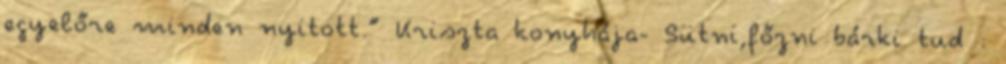
egyelőre minden nyitott.” Kriszta konyhája- Sütni,főzni bárki tud :